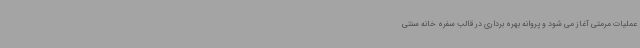
عملیات مرمتی آغاز می شود و پروانه بهره برداری در قالب سفره خانه سنتی